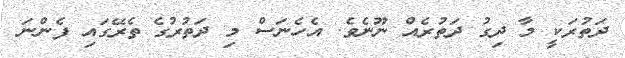
ދަތުރަކީ މާ ދިގު ދަތުރެއް ނޫނެެެވެ. އެހެނަސް މި ދަތުރުގެ ތެރޭގައި ފެންނަ